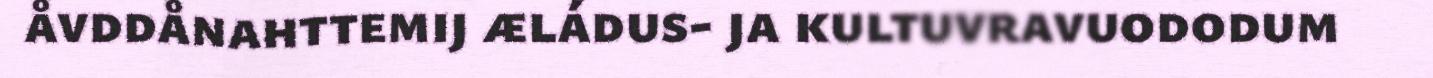
åvddånahttemij æládus- ja kultuvravuododum